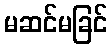
မဆင်မခြင်